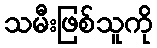
သမီးဖြစ်သူကို